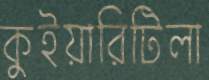
কুইয়ারিটিলা